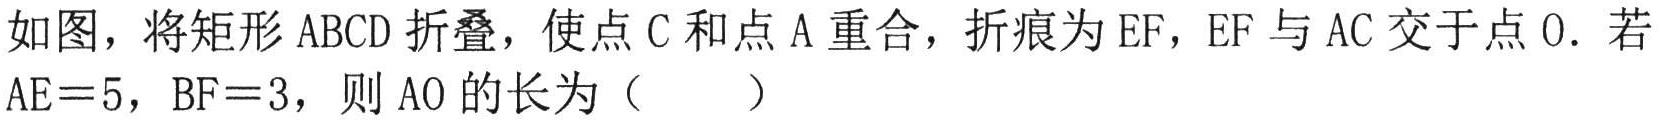
如图，将矩形 \(ABCD\) 折叠，使点 \(C\) 和点 \(A\) 重合，折痕为 \(EF\)，\(EF\) 与 \(AC\) 交于点 \(O\)．若 \(AE = 5\)，\(BF = 3\)，则 \(AO\) 的长为（  ）